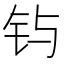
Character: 𲇮